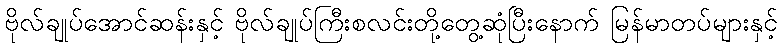
ဗိုလ်ချုပ်အောင်ဆန်းနှင့် ဗိုလ်ချုပ်ကြီးစလင်းတို့တွေ့ဆုံပြီးနောက် မြန်မာတပ်များနှင့်